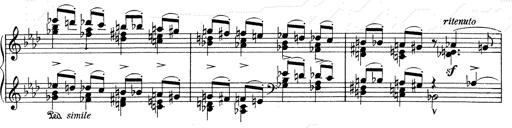
Title: Weinen, Klagen, Sorgen, Zagen
Composer: Franz Liszt